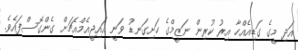
އަދި މީގެ ގަޑިއެއްހާ އިރު ކުރިން ނަޒީމްގެ ހަށިގަނޑު ވަނީ އައިޖީއެމްއެޗަށް ގެންގޮސްފައެވެ.